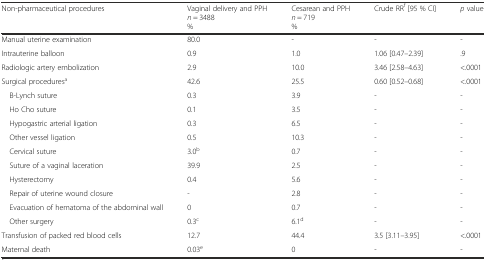
| Non-pharmaceutical procedures | Vaginal delivery and PPHn = 3488% | Cesarean and PPHn = 719% | Crude RRf [95 % CI] | p value |
 | --- | --- | --- | --- | --- |
 | Manual uterine examination | 80.0 | - | - | - |
 | Intrauterine balloon | 0.9 | 1.0 | 1.06 [0.47–2.39] | .9 |
 | Radiologic artery embolization | 2.9 | 10.0 | 3.46 [2.58–4.63] | <.0001 |
 | Surgical proceduresa | 42.6 | 25.5 | 0.60 [0.52–0.68] | <.0001 |
 | B-Lynch suture | 0.3 | 3.9 | - | - |
 | Ho Cho suture | 0.1 | 3.5 | - | - |
 | Hypogastric arterial ligation | 0.3 | 6.5 | - | - |
 | Other vessel ligation | 0.5 | 10.3 | - | - |
 | Cervical suture | 3.0b | 0.7 | - | - |
 | Suture of a vaginal laceration | 39.9 | 2.5 | - | - |
 | Hysterectomy | 0.4 | 5.6 | - | - |
 | Repair of uterine wound closure | - | 2.8 | - | - |
 | Evacuation of hematoma of the abdominal wall | 0 | 0.7 | - | - |
 | Other surgery | 0.3c | 6.1d | - | - |
 | Transfusion of packed red blood cells | 12.7 | 44.4 | 3.5 [3.11–3.95] | <.0001 |
 | Maternal death | 0.03e | 0 | - | - |